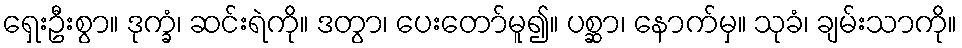
ရှေးဦးစွာ။ ဒုက္ခံ၊ ဆင်းရဲကို။ ဒတွာ၊ ပေးတော်မူ၍။ ပစ္ဆာ၊ နောက်မှ။ သုခံ၊ ချမ်းသာကို။